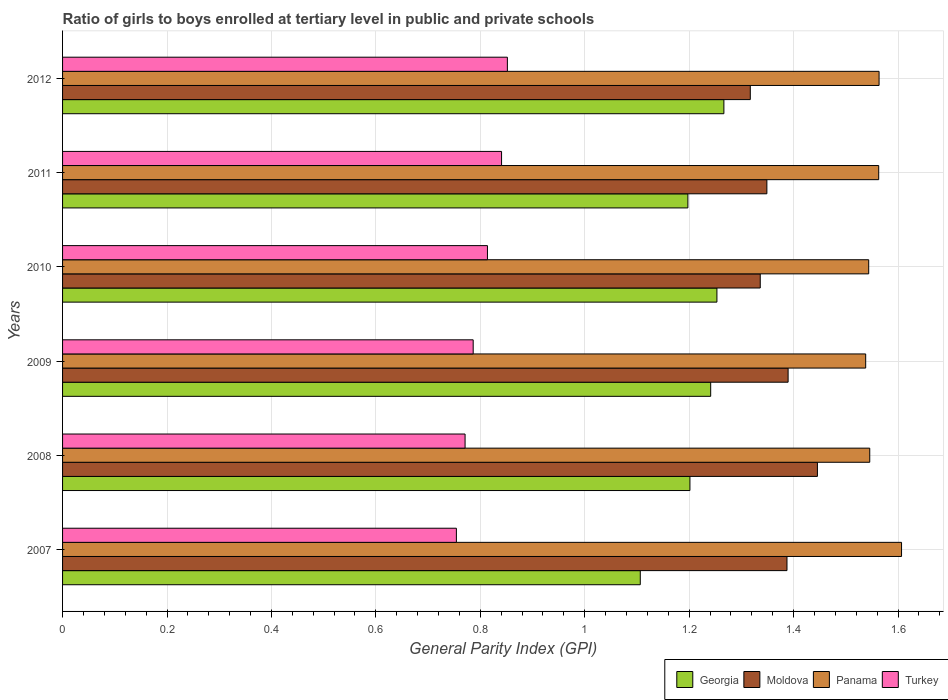
| Years | Georgia | Moldova | Panama | Turkey |
 | --- | --- | --- | --- | --- |
 | 2007 | 1.11 | 1.39 | 1.61 | 0.754 |
 | 2008 | 1.2 | 1.45 | 1.55 | 0.771 |
 | 2009 | 1.24 | 1.39 | 1.54 | 0.786 |
 | 2010 | 1.25 | 1.34 | 1.54 | 0.814 |
 | 2011 | 1.2 | 1.35 | 1.56 | 0.841 |
 | 2012 | 1.27 | 1.32 | 1.56 | 0.852 |